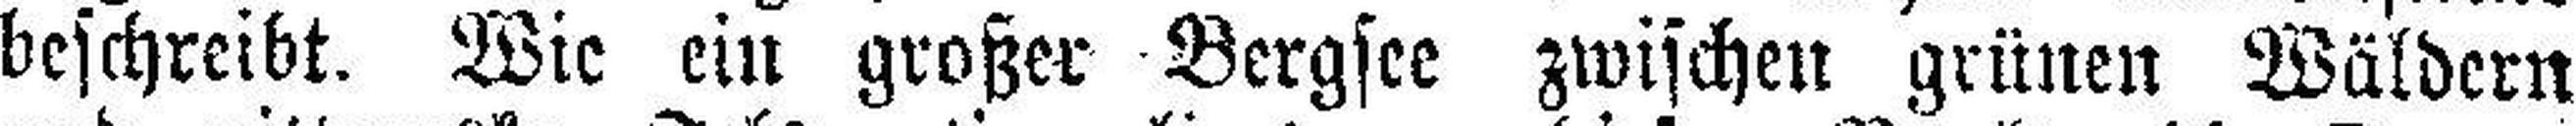
beschreibt. Wie ein großer Bergsee zwischen grünen Wäldern